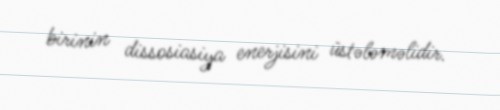
birinin dissosiasiya enerjisini üstələməlidir.